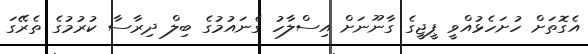
އެގޮތަށް ހުށަހެޅުއްވީ ޕީޖީގެ ގާނޫނަށް އިސްލާހު ގެނައުމުގެ ބިލް ދިރާސާ ކުރުމުގެ ތެރޭގަ